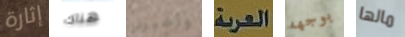
إثارة هناك وأخبرني العربة بوجهه مالها